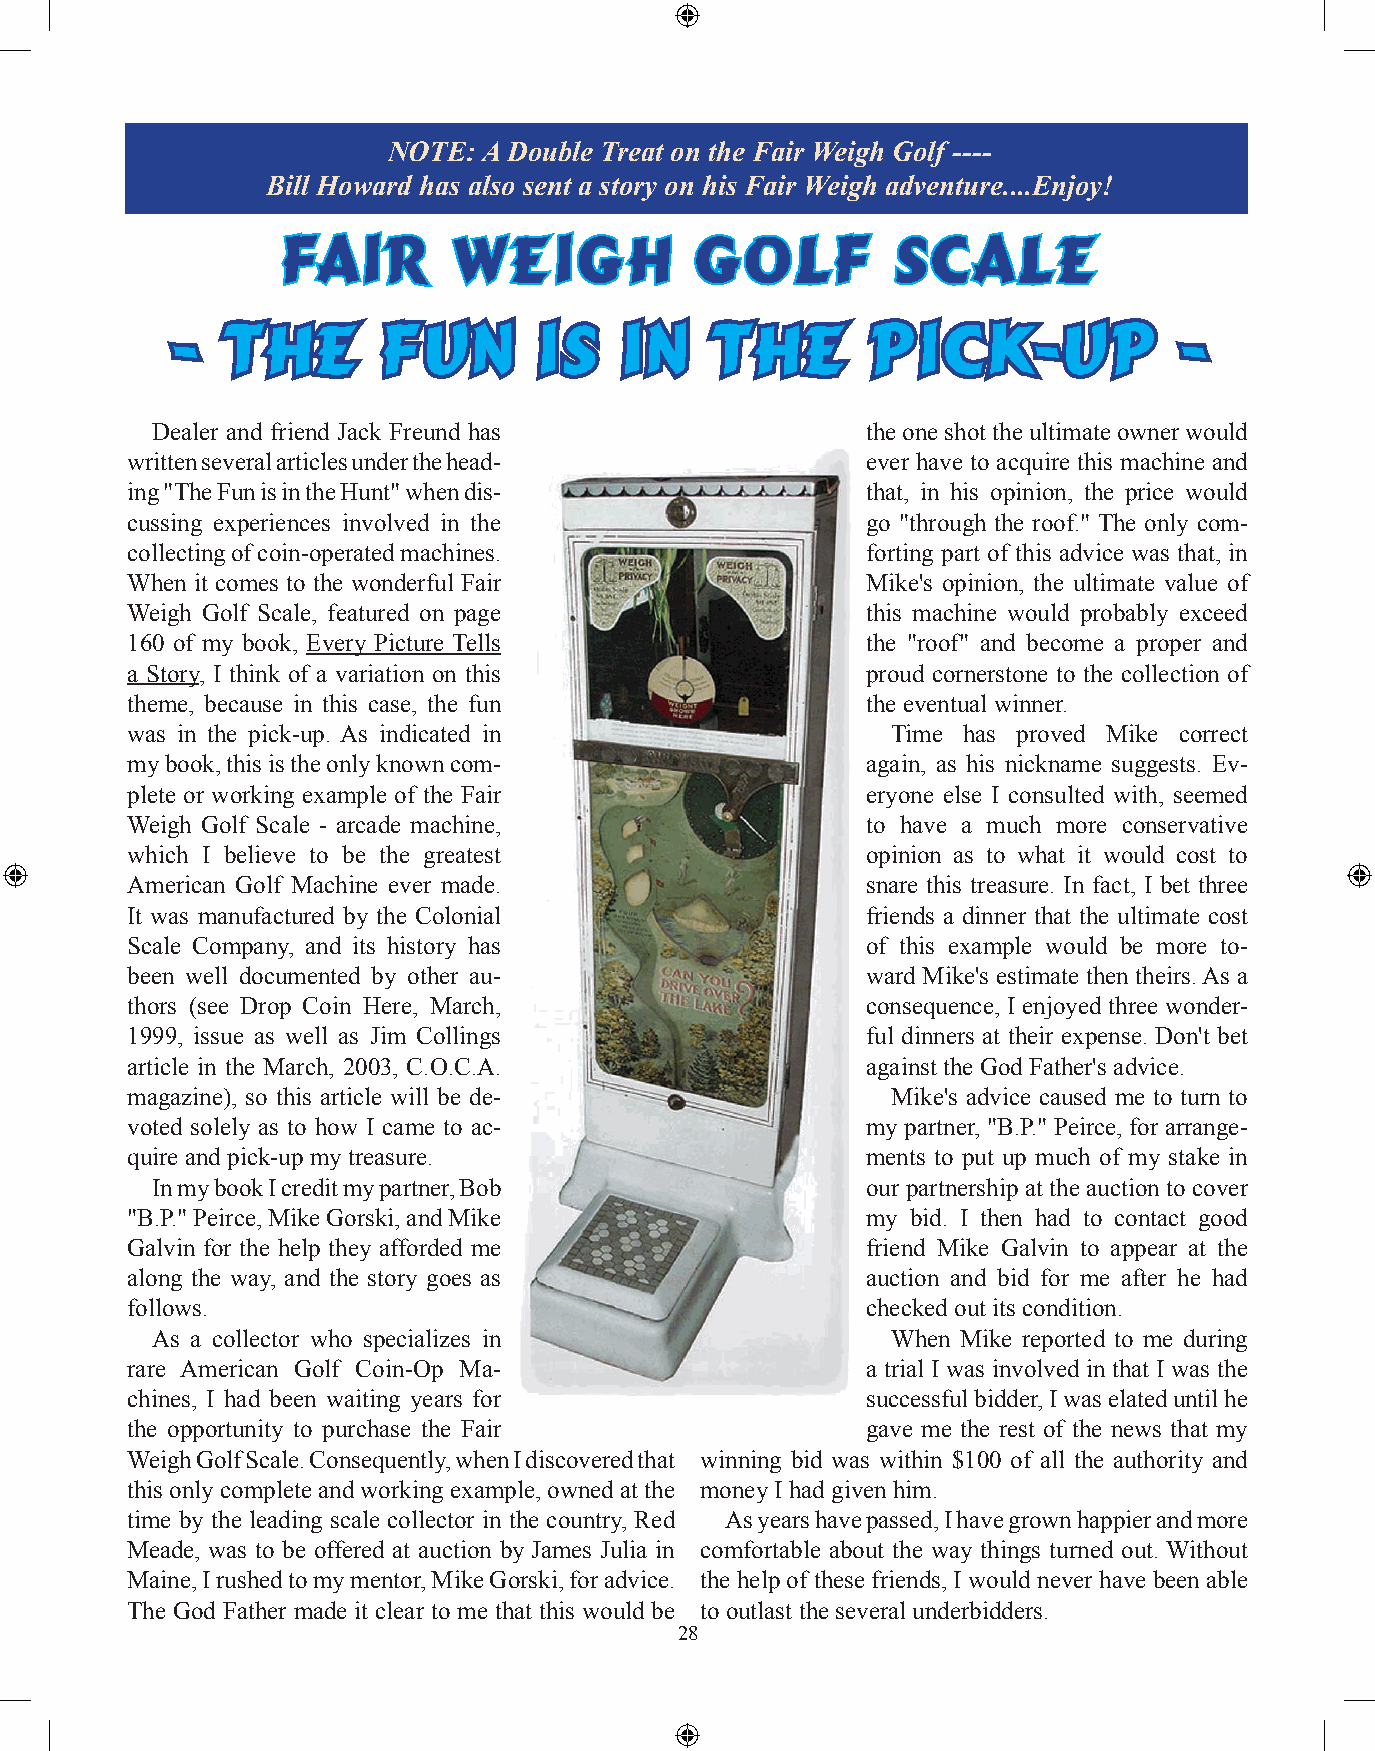
NOTE: A Double Treat on the Fair Weigh Golf ----
 Bill Howard has also sent a story on his Fair Weigh adventure....Enjoy!
 Fair       Weigh           Golf         Scale
 -   The       Fun       is    in    the        Pick-Up             -
 Dealer and friend Jack Freund has              the one shot the ultimate owner would
 written several articles under the head-         ever have to acquire this machine and
 ing "The Fun is in the Hunt" when dis-           that, in his opinion, the price would
 cussing experiences involved in the              go "through the roof." The only com-
 collecting of coin-operated machines.            forting part of this advice was that, in
 When it comes to the wonderful Fair              Mike's opinion, the ultimate value of
 Weigh Golf Scale, featured on page               this machine would probably exceed
 160 of my book, Every Picture Tells              the "roof" and become a proper and
 a Story, I think of a variation on this          proud cornerstone to the collection of
 theme, because in this case, the fun             the eventual winner.
 was in the pick-up. As indicated in                Time has proved Mike correct
 my book, this is the only known com-             again, as his nickname suggests. Ev-
 plete or working example of the Fair             eryone else I consulted with, seemed
 Weigh Golf Scale - arcade machine,               to have a much more conservative
 which I believe to be the greatest               opinion as to what it would cost to
 American Golf Machine ever made.                 snare this treasure. In fact, I bet three
 It was manufactured by the Colonial              friends a dinner that the ultimate cost
 Scale Company, and its history has               of this example would be more to-
 been well documented by other au-                ward Mike's estimate then theirs. As a
 thors (see Drop Coin Here, March,                consequence, I enjoyed three wonder-
 1999, issue as well as Jim Collings              ful dinners at their expense. Don't bet
 article in the March, 2003, C.O.C.A.             against the God Father's advice.
 magazine), so this article will be de-             Mike's advice caused me to turn to
 voted solely as to how I came to ac-             my partner, "B.P." Peirce, for arrange-
 quire and pick-up my treasure.                   ments to put up much of my stake in
 In my book I credit my partner, Bob            our partnership at the auction to cover
 "B.P." Peirce, Mike Gorski, and Mike             my bid. I then had to contact good
 Galvin for the help they afforded me             friend Mike Galvin to appear at the
 along the way, and the story goes as             auction and bid for me after he had
 follows.                                         checked out its condition.
 As a collector who specializes in                When Mike reported to me during
 rare American Golf Coin-Op Ma-                   a trial I was involved in that I was the
 chines, I had been waiting years for             successful bidder, I was elated until he
 the opportunity to purchase the Fair             gave me the rest of the news that my
 Weigh Golf Scale. Consequently, when I discovered that winning bid was within $100 of all the authority and
 this only complete and working example, owned at the money I had given him.
 time by the leading scale collector in the country, Red As years have passed, I have grown happier and more
 Meade, was to be offered at auction by James Julia in comfortable about the way things turned out. Without
 Maine, I rushed to my mentor, Mike Gorski, for advice. the help of these friends, I would never have been able
 The God Father made it clear to me that this would be to outlast the several underbidders.
 28